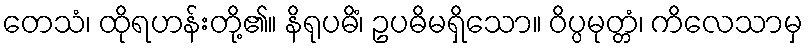
တေသံ၊ ထိုရဟန်းတို့၏။ နိရုပဓိံ၊ ဥပဓိမရှိသော။ ဝိပ္ပမုတ္တံ၊ ကိလေသာမှ